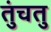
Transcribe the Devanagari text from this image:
तुंचतु